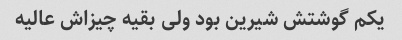
یکم گوشتش شیرین بود ولی بقیه چیزاش عالیه